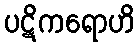
ပဋိကရောဟိ